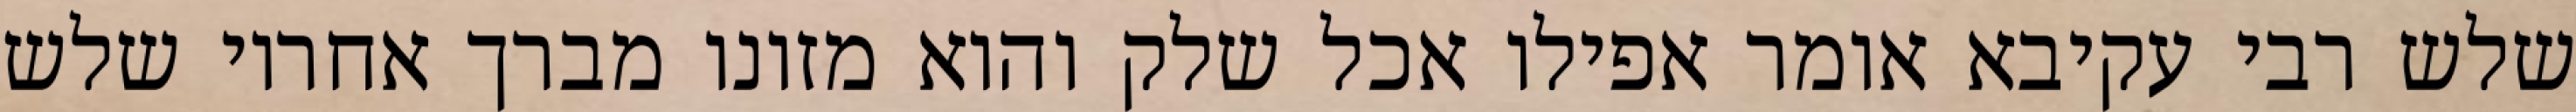
שלש רבי עקיבא אומר אפילו אכל שלק והוא מזונו מברך אחריו שלש